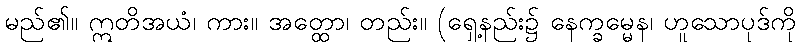
မည်၏။ ဣတိအယံ၊ ကား။ အတ္ထော၊ တည်း။ (ရှေ့နည်း၌ နေက္ခမ္မေန၊ ဟူသောပုဒ်ကို